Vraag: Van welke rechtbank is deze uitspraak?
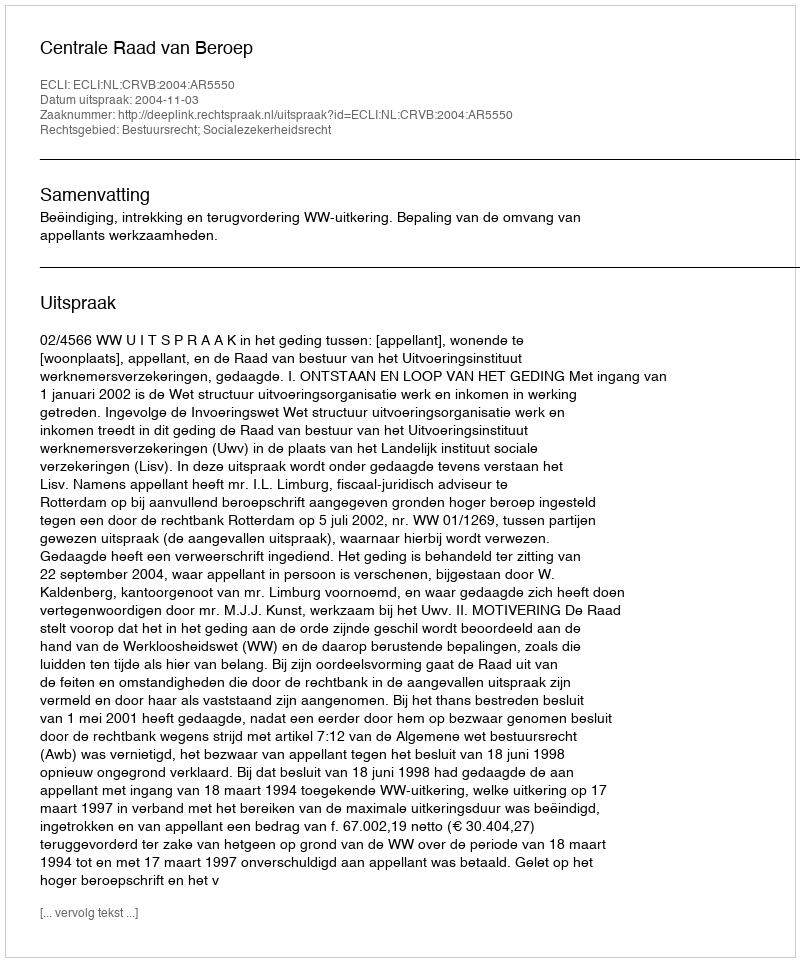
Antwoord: Centrale Raad van Beroep